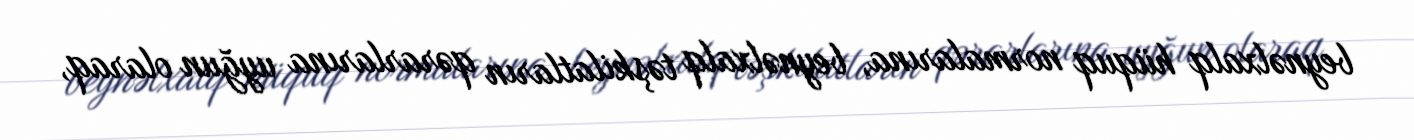
beynəlxalq hüquq normalarına, beynəlxalq təşkilatların qərarlarına uyğun olaraq,